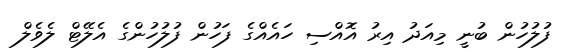
ފުލުހުން ބުނީ މިއަދު އިރު އޮއްސި ހައެއްގެ ފަހުން ފުލުހުންގެ އެލޭޓް ލެވެލް